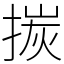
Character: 㨏